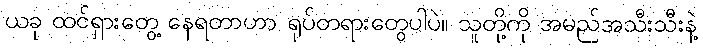
ယခု ထင်ရှားတွေ့ နေရတာဟာ ရုပ်တရားတွေပါပဲ။ သူတို့ကို အမည်အသီးသီးနဲ့